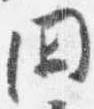
閑